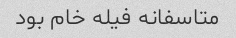
متاسفانه فیله خام بود